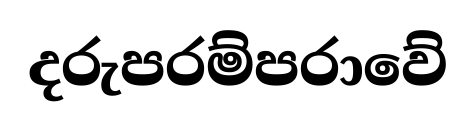
දරුපරම්පරාවේ